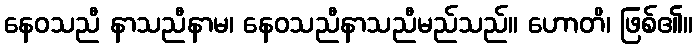
နေဝသညီ နာသညီနာမ၊ နေဝသညီနာသညီမည်သည်။ ဟောတိ၊ ဖြစ်၏။